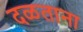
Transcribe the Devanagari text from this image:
दळताना